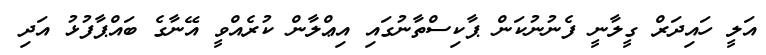
އަލީ ހައިދަރް ގީލާނީ ފެނުނުކަން ޕާކިސްތާނުގައި އިޢްލާން ކުރެއްވީ އޭނާގެ ބައްޕާފުޅު އަދި